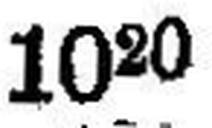
1020